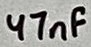
Text: 47nF